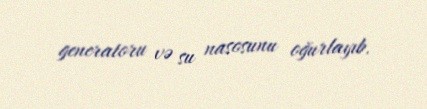
generatoru və su nasosunu oğurlayıb.